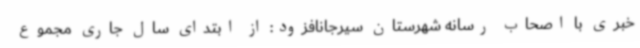
خبری با اصحاب رسانه شهرستان سیرجانافزود: از ابتدای سال جاری مجموع